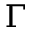
\Gamma